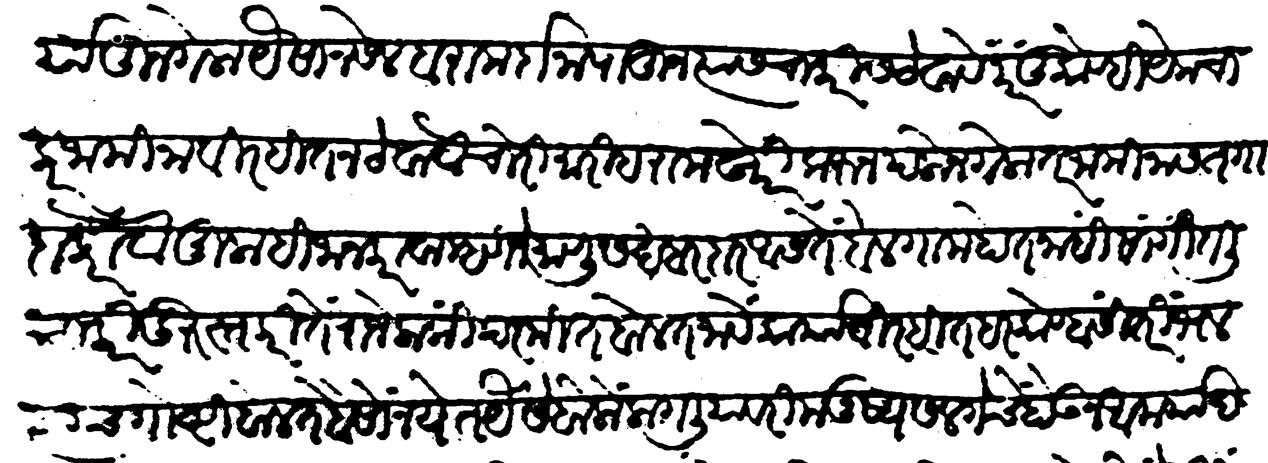
Transliteration (Devanagari): कार्यांतून गेला यैसा नसेल बारा मर्दाना पाहून त्यास चाकरीस ठेवावे परंतु कोण्ही येक चाकर जामिना विरहित न ठेवावे चोरीमारी हरामखोरी करुन पळोन गेला तर जामिनास तगादा करावे मुलाहिजा न करावा म्हणजे माणूस खबरदार असते बेलगाम होत नाही सांगितली चाकरी दुरुस्त करितें राजेलोकीं परमित बोलत जावें कार्याविरहित हर कोण्हासी तरी भलत्याच गोष्टी बोलत बैसू नयेत यैसें बोलों लागलीयावरी मनुष्य सलगेचें होऊन आमर्याद